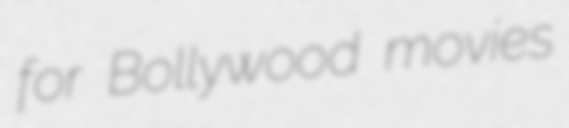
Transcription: for Bollywood movies